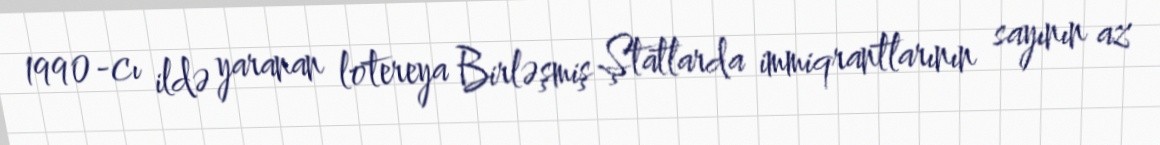
1990-cı ildə yaranan lotereya Birləşmiş Ştatlarda immiqrantlarının sayının az